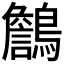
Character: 𪆻